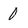
Character: 0